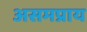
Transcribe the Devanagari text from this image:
असमप्राय